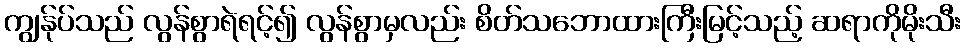
ကျွန်ုပ်သည် လွန်စွာရဲရင့်၍ လွန်စွာမှလည်း စိတ်သဘောထားကြီးမြင့်သည့် ဆရာကိုမိုးသီး